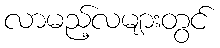
လာမည့်လများတွင်